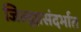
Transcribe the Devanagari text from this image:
जिल्ह्यासंदर्भात